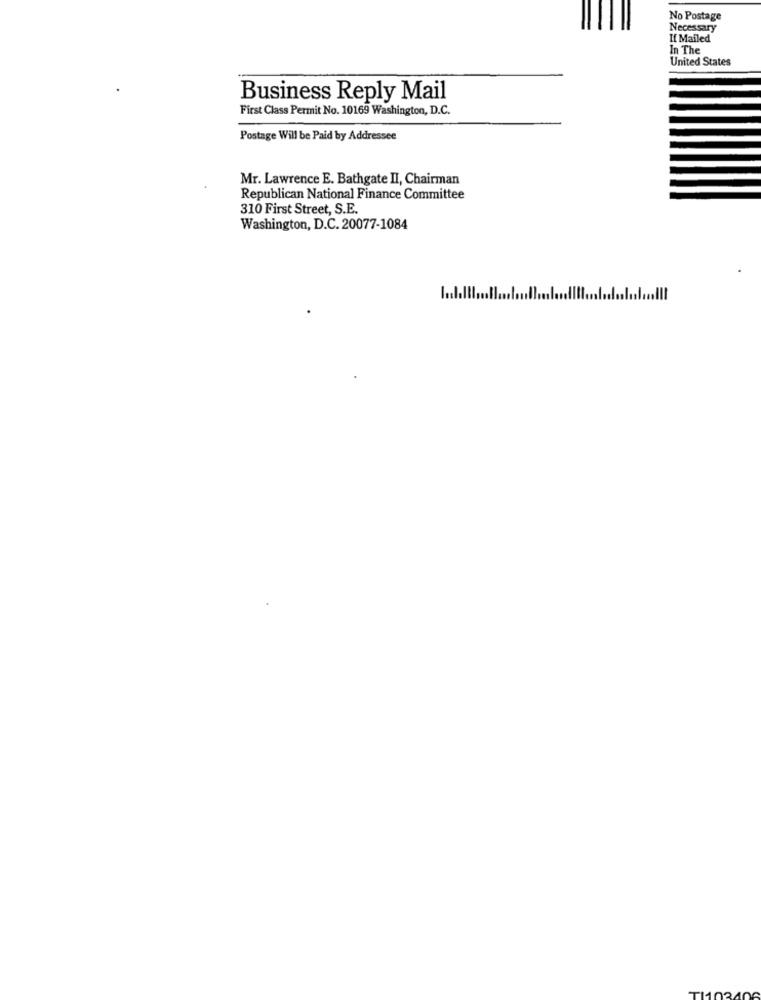
No Postage
Necessary
If Mailed
In The
United States
Business Reply Mail
First Class Permit No. 10169 Washington, D.C.
Postage Will be Paid by Addressee
Mr. Lawrence E. Bathgate II, Chairman
Republican National Finance Committee
310 First Street, S.E.
Washington, D.C. 20077-1084